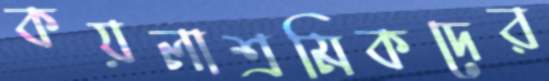
কয়লাশ্রমিকদের